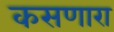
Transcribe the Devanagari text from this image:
कसणारा